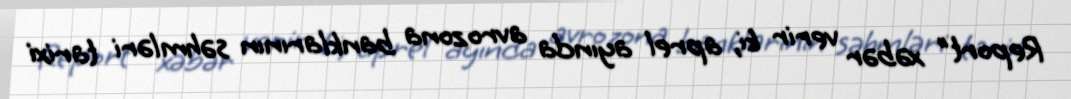
Report" xəbər verir ki, aprel ayında avrozona banklarının səhmləri tarixi